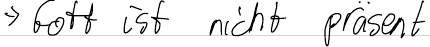
-> Gott ist nicht präsent